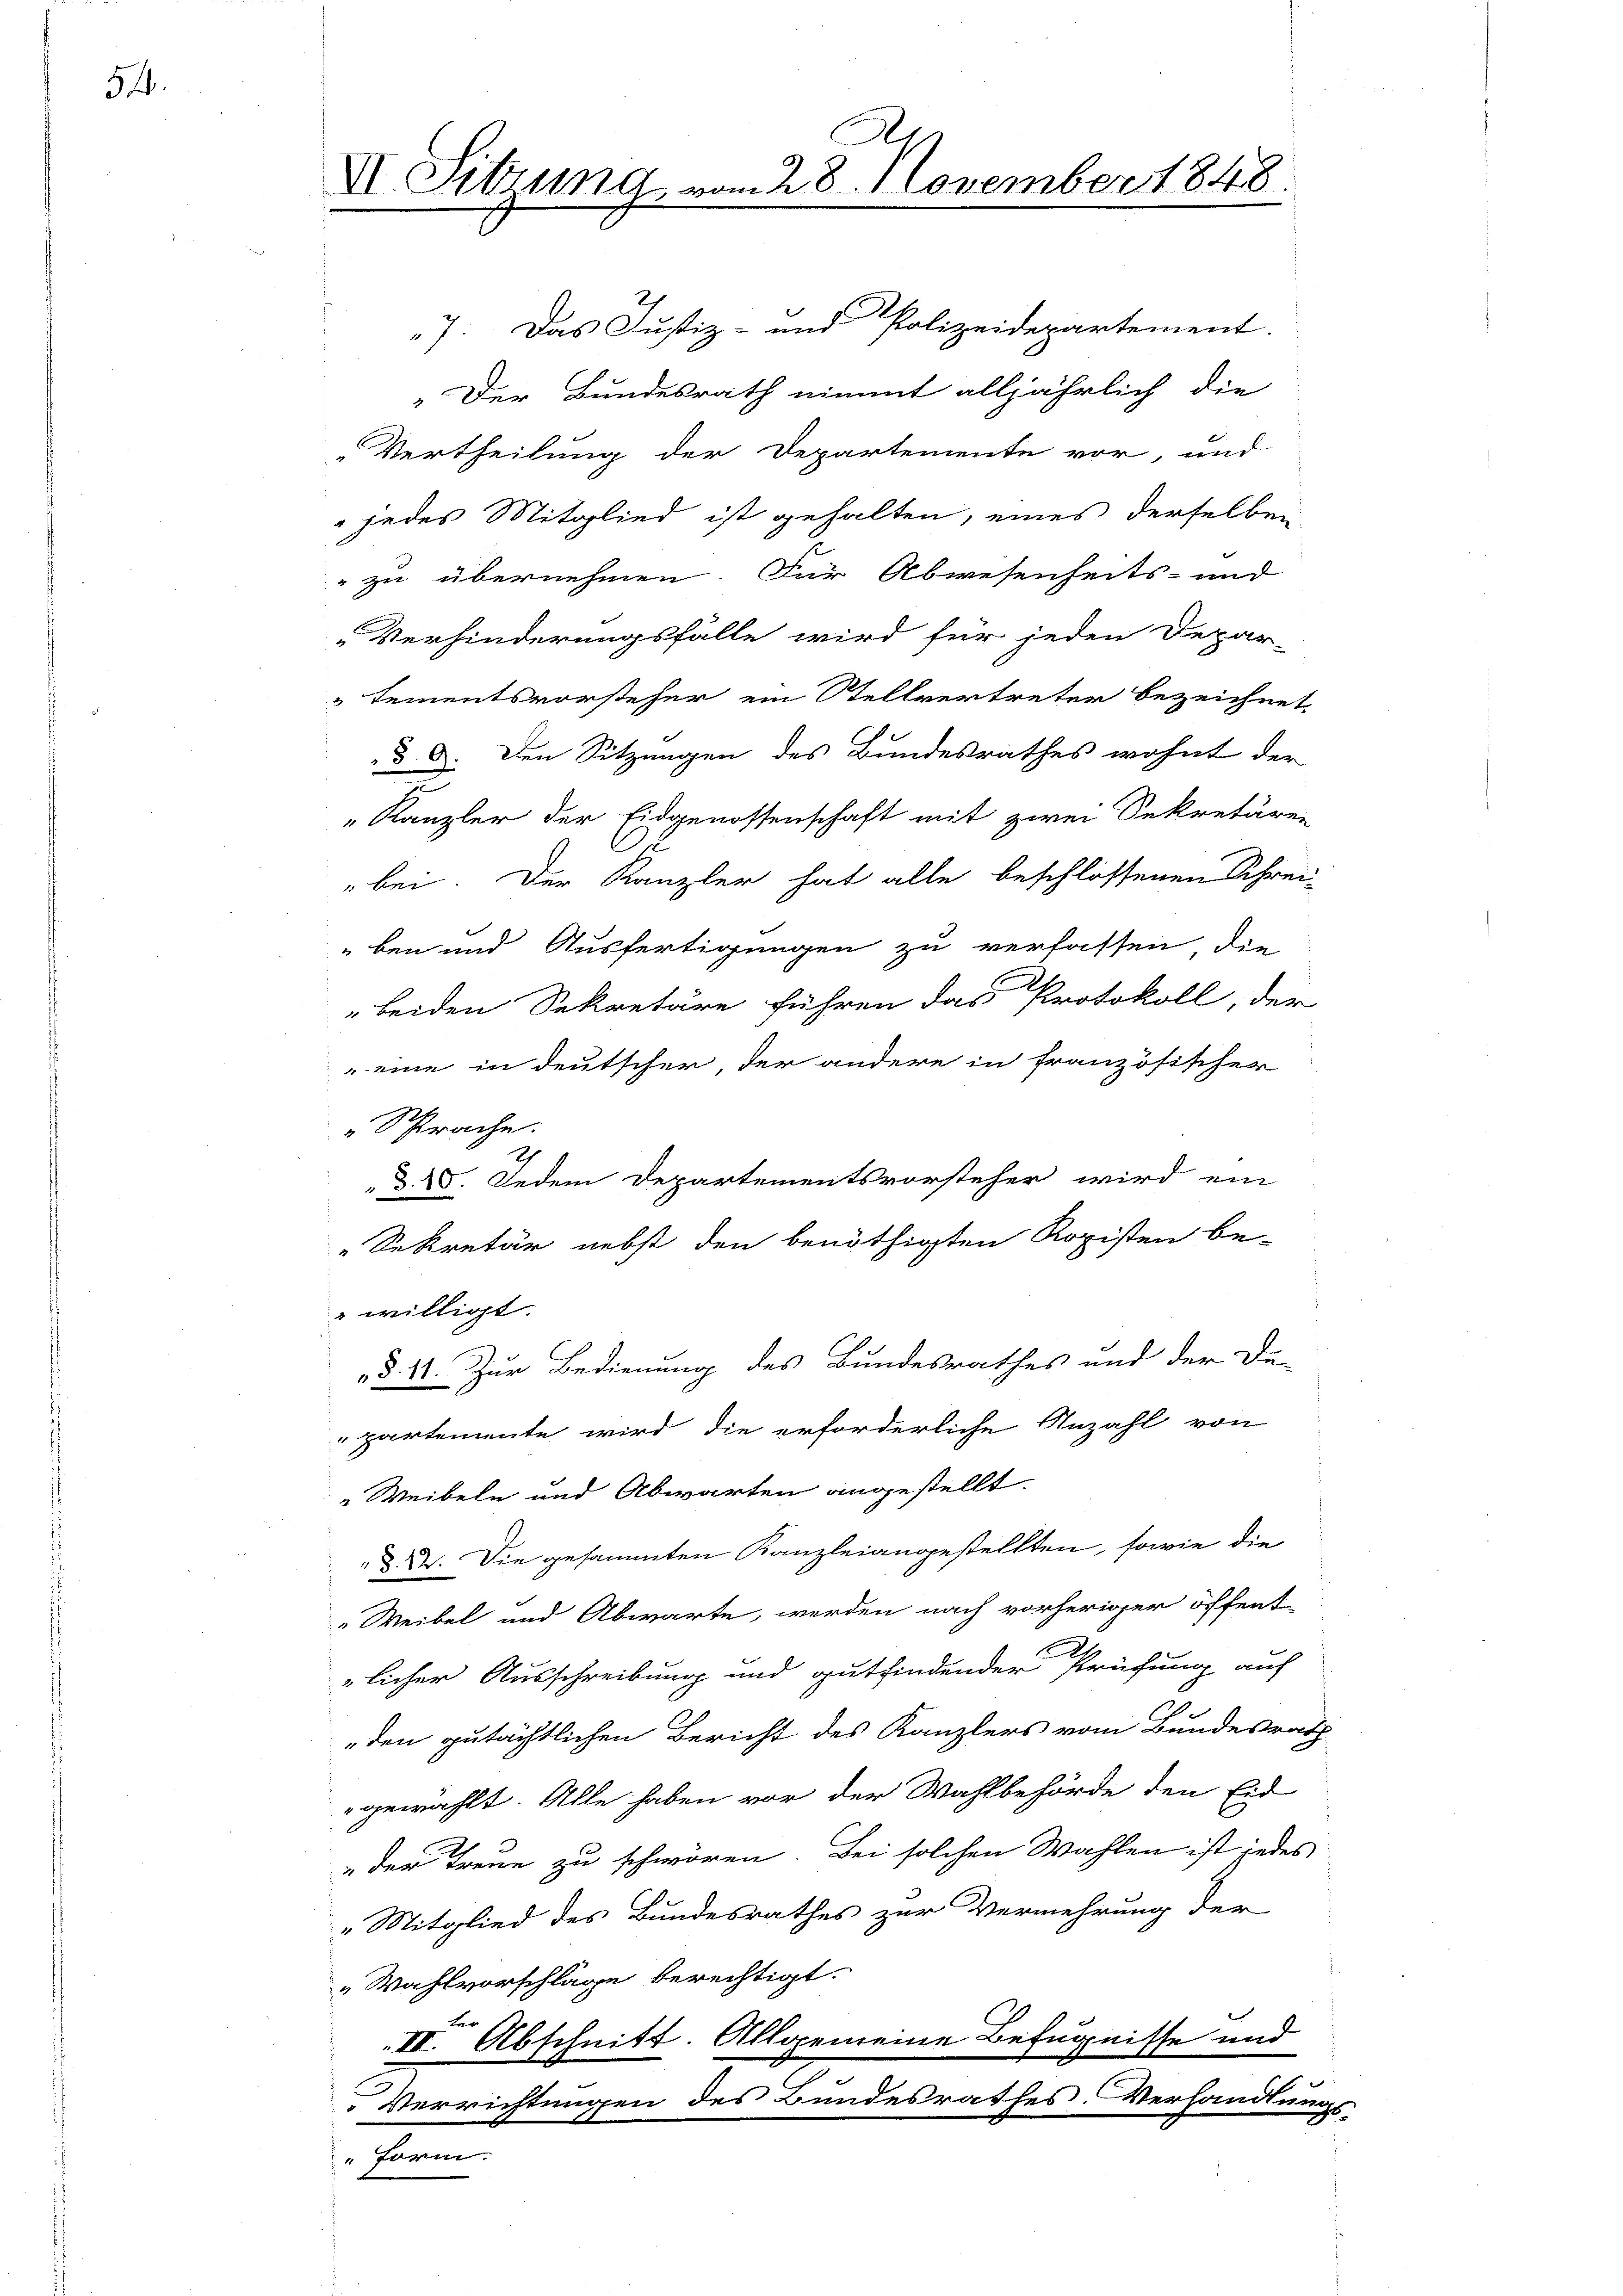
54.

A
VII. Sitzung vom 28. November 1848.

7. Das Justiz- und Polizeidepartement.
„Der Bundesrath nimmt alljährlich die
„Vertheilung der Departemente vor, und
 jedes Mitglied ist gehalten, eines derselben
 zu übernehmen. Für Abwesenheits- und
Verhinderungsfälle wird für jeden Depar-
tementsvorsteher ein Stellvertreter bezeichnet.
§. 9. Den Sitzungen des Bundesrathes wohnt der
Kanzler der Eidgenossenschaft mit zwei Sekretären
6
"bei. Der Kanzler hat alle beschlossenen Schrei-
ben und Ausfertigungen zu verfassen, die
beiden Sekretäre führen das Protokoll, der
eine in deutscher, der andere in französischer
„Sprache.
XXV. Jedem Departementsvorsteher wird ein
„Sekretär nebst den benöthigten Ropisten be-
" willigt.
§. 41. Zur Bedienung des Bundesrathes und der De-
partemente wird die erforderliche Anzahl von
" Weibeln und Abwarten angestellt.
 §. 24. Die gesammten Kanzleiangestellten, sowie die
Weibel und Abwarte, werden nach vorheriger öffent-
licher Ausschreibung und gutfindender Prüfung auf
den gutächtlichen Bericht des Kanzlers vom Bundesrath
gewählt. Alle haben vor der Wahlbehörde den Eid
„der Treue zu schwören. Bei solchen Wahlen ist jedes
„Mitglied des Bundesrathes zur Vermehrung der
„Wahlvorschläge berechtigt.
II. Abschnitt. Allgemeine Befugnisse und
.
Verrichtungen des Bundesrathes. Verhandlungs-
erm